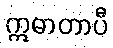
ဣဓာတာပီ